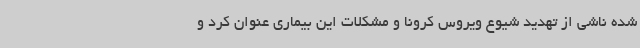
شده ناشی از تهدید شیوع ویروس کرونا و مشکلات این بیماری عنوان کرد و